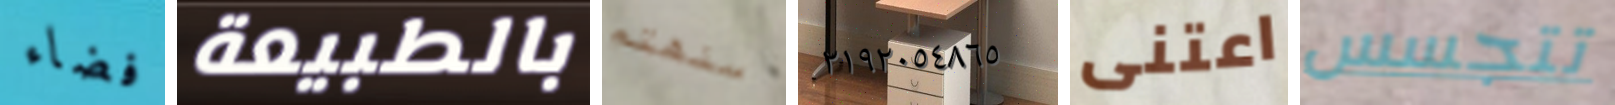
فضاء بالطبيعة سنهتم ٢١٩٢٠٥٤٨٦٥ اعتنى تتجسس